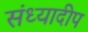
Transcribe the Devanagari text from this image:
संध्यादीप